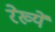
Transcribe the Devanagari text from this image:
रेख्यें